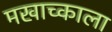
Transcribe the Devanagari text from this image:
मखाच्काला